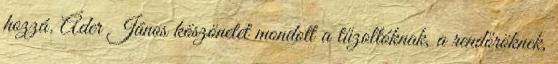
hozzá. Áder János köszönetet mondott a tűzoltóknak, a rendőröknek,